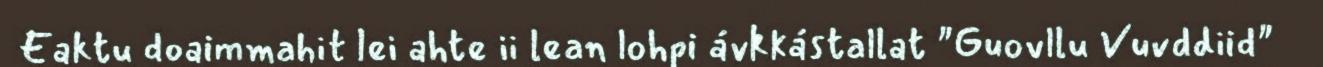
Eaktu doaimmahit lei ahte ii lean lohpi ávkkástallat "Guovllu Vuvddiid"